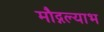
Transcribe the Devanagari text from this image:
मौद्गल्याभ